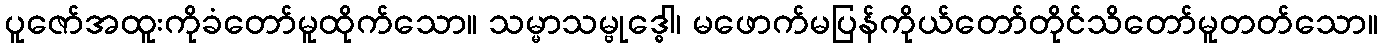
ပူဇော်အထူးကိုခံတော်မူထိုက်သော။ သမ္မာသမ္ဗုဒ္ဓေါ၊ မဖောက်မပြန်ကိုယ်တော်တိုင်သိတော်မူတတ်သော။